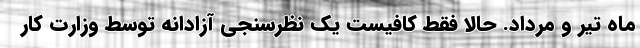
ماه تیر و مرداد. حالا فقط کافیست یک نظرسنجی آزادانه توسط وزارت کار